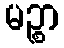
မဉ္စာ